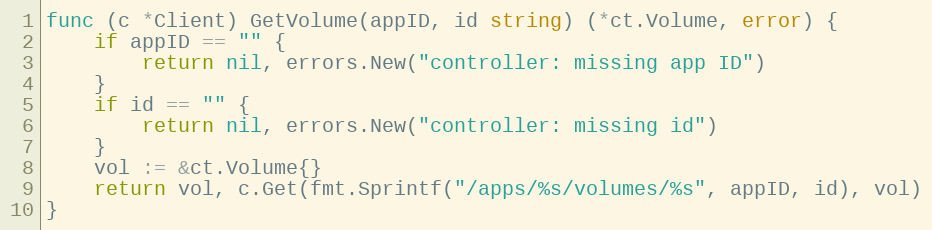
Language: Go
func (c *Client) GetVolume(appID, id string) (*ct.Volume, error) {
	if appID == "" {
		return nil, errors.New("controller: missing app ID")
	}
	if id == "" {
		return nil, errors.New("controller: missing id")
	}
	vol := &ct.Volume{}
	return vol, c.Get(fmt.Sprintf("/apps/%s/volumes/%s", appID, id), vol)
}